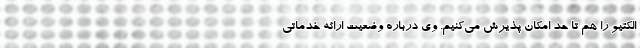
الکتیو را هم تا حد امکان پذیرش می‌کنیم. وی درباره وضعیت ارائه خدماتی